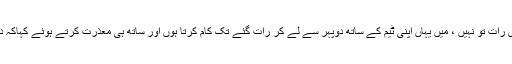
سعودی ولی عہد نے کہاکہ ساری رات تو نہیں ، میں یہاں اپنی ٹیم کے ساتھ دوپہر سے لے کر رات گئے تک کام کرتا ہوں اور ساتھ ہی معذرت کرتے ہوئے کہاکہ دفتر میں چیزیں الٹ پلٹ پڑی ہیں۔